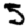
Digit: 5